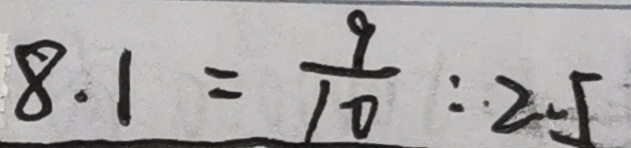
8 . 1 = \frac { 9 } { 1 0 } : 2 5